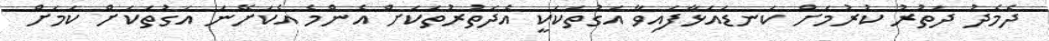
ދެމެދު ދަތުރު ކުރުމަށް ކަނޑައަޅާފައިވާ އަގުތަކަކީ އެދަތުރުތަކަށް އެންމެ އެކަށޭނަ އަގުތަކަށް ކަމަށް